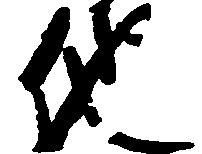
他